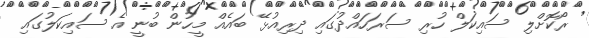
ރޯކޮށްލި ސައިކަލް ހުރި ސަރަހައްދުގައި ދިރިއުޅޭ ބައެއް މީހުން ބުނީ އެ ސައިކަލުގައި